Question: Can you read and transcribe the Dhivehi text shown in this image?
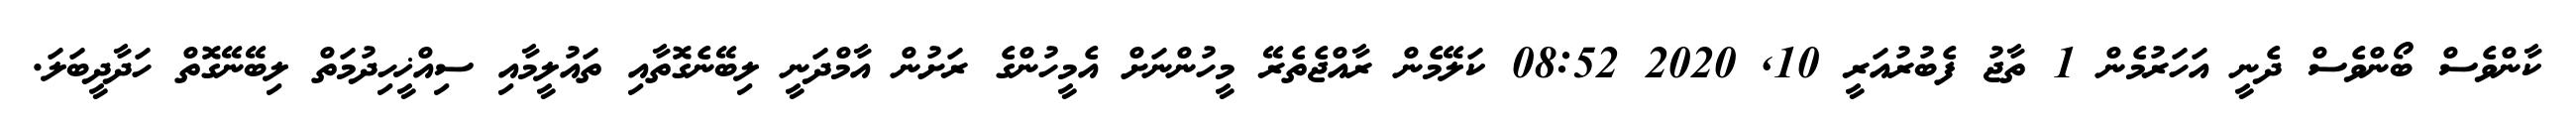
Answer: ކާންވެސް ބޯންވެސް ދެނީ އަހަރުމެން 1 ތާޖު ފެބުރުއަރީ 10, 2020 08:52 ކަލޭމެން ރާއްޖެތެރޭ މީހުންނަށް އެމީހުންގެ ރަށުން އާމްދަނީ ލިބޭނެގޮތާއި ތައުލީމާއި ސިއްޚީހިދުމަތް ލިބޭނޭގޮތް ހަދާދީބަލަ.